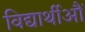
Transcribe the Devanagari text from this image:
विद्यार्थीऔं